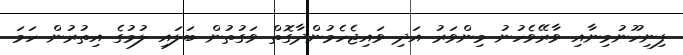
ފިނިހޫނުމިނާއި ވާރޭވެހުނު މިންވަރު އަދި ވައިޖެހެމުންދާގޮތް ވަގުތުން ބަލައި ލުމުގެ އިތުރުން ހަމަ